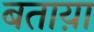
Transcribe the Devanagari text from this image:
बताय़ा